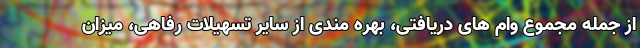
از جمله مجموع وام های دریافتی، بهره مندی از سایر تسهیلات رفاهی، میزان